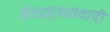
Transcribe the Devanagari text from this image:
जैवदहशतवादी